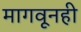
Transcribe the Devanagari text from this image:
मागवूनही